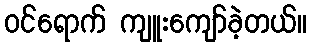
ဝင်ရောက် ကျူးကျော်ခဲ့တယ်။